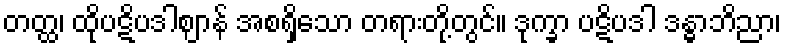
တတ္ထ၊ ထိုပဋိပဒါဈာန် အစရှိသော တရားတို့တွင်။ ဒုက္ခာ ပဋိပဒါ ဒန္ဓာဘိညာ၊